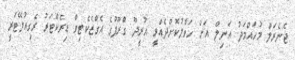
ޖެނެރަލް މުހައްމަދު އަނިލް އަށް ހަވާލުކޮށްދެއްވީ އުރީދޫ ގްރޫޕުގެ އެގްޒެކެޓިވް ޑިރެކްޓަރު ރެގިއުލޭޓަރީ